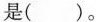
是（）